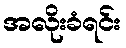
အလိုးခံရင်း